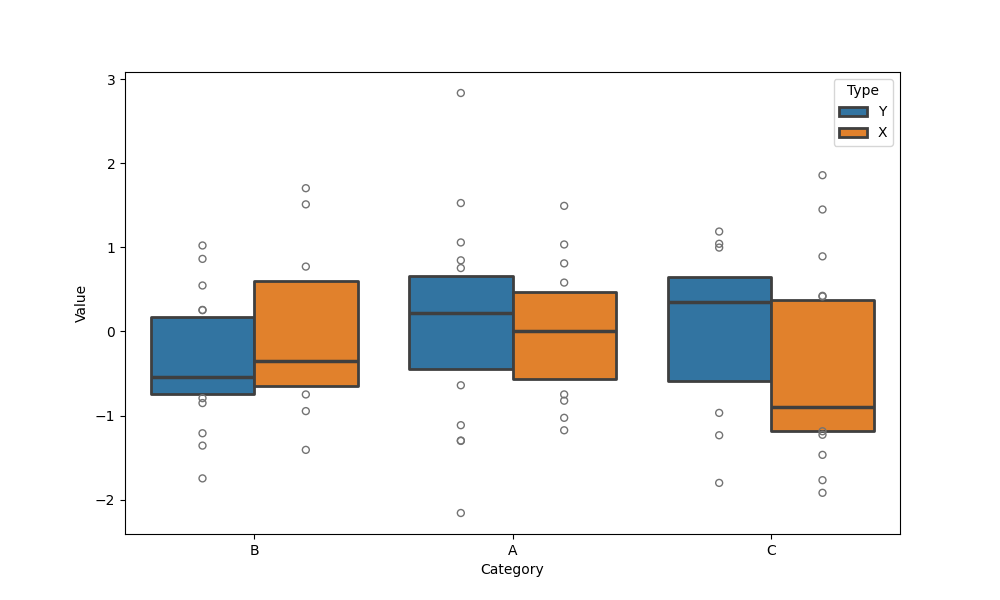
python, seaborn, boxenplot, k_depth='tukey', linewidth=2, scale='exponential', outlier_prop=0.1, showfliers=True